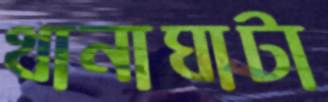
থানাঘাটা